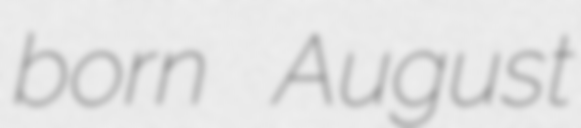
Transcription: born August